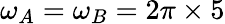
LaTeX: \omega_{A}=\omega_{B}=2\pi\times 5